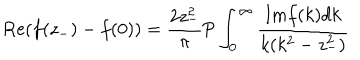
LaTeX: \mathrm { { R e } } ( f ( z _ { - } ) - f ( 0 ) ) = { \frac { 2 z _ { - } ^ { 2 } } { \pi } } { \mathrm { P } } \int _ { 0 } ^ { \infty } { \frac { \mathrm { { I m } } f ( k ) d k } { k ( k ^ { 2 } - z _ { - } ^ { 2 } ) } }